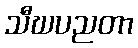
သီဃပညတာ